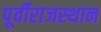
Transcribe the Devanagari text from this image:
पूर्वीराजस्थान